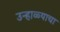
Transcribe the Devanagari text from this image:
उन्हाळ्याचा